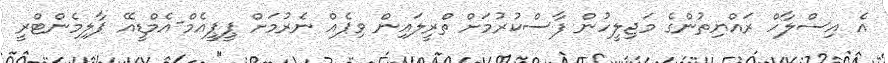
އެ އިސްލާހް ރައްޔިތުންގެ މަޖިލީހުން ފާސްކުރުމަށް ތްރީލައިން ވިޕެއް ނެރުމަށް ޕީޕީއެމް-އެމްޑީއޭ ޕާލިމެންޓްރީ